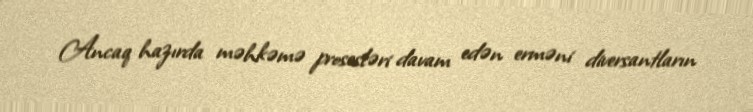
Ancaq hazırda məhkəmə prosesləri davam edən erməni diversantların